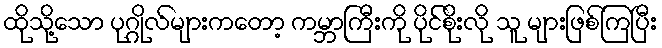
ထိုသို့သော ပုဂ္ဂိုလ်များကတော့ ကမ္ဘာကြီးကို ပိုင်စိုးလို သူ များဖြစ်ကြပြီး